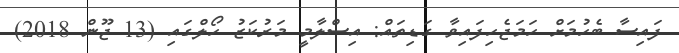
ފައިސާ ބެހުމަށް ހަމަޖެހިފައިވާ ގަޑިތައް: އިސްލާމީ މަރުކަޒު ހޯލްގައި (13 ޖޫން 2018)